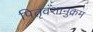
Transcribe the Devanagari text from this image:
पितृवंशानुक्रम